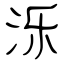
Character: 泺